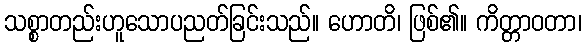
သစ္စာတည်းဟူသောပညတ်ခြင်းသည်။ ဟောတိ၊ ဖြစ်၏။ ကိတ္တာဝတာ၊